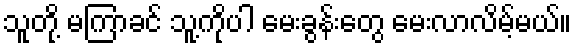
သူတို့ မကြာခင် သူ့ကိုပါ မေးခွန်းတွေ မေးလာလိမ့်မယ်။